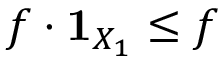
f \cdot { \mathbf { 1 } } _ { X _ { 1 } } \leq f